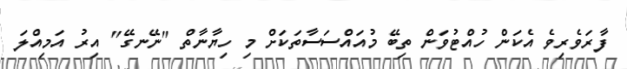
ފާރަވެރިވެ އެކަން ހުއްޓުވަން ތިބޭ މުއައްސަސާތަކަށް މި ހިޔާނާތް "ނޭނގޭ" އިރު އަމިއްލަ